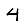
Digit: 4